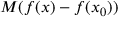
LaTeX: M ( f ( x ) - f ( x _ { 0 } ) )